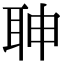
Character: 䎶